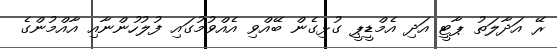
ރޭ އަދާލަތު ޕާޓީ އަދި އެމްޑީޕީ ގުޅިގެން ބޭއްވި އެއްވުމުގައި ފުލުހުންނާއި އާއްމުންގެ